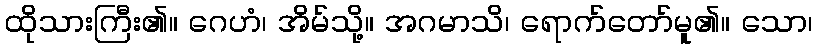
ထိုသားကြီး၏။ ဂေဟံ၊ အိမ်သို့။ အဂမာသိ၊ ရောက်တော်မူ၏။ သော၊